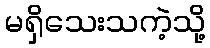
မရှိသေးသကဲ့သို့